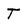
Character: T